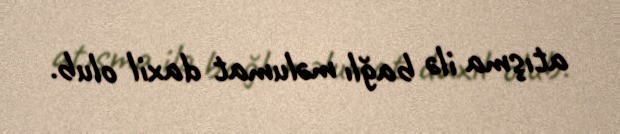
atışma ilə bağlı məlumat daxil olub.